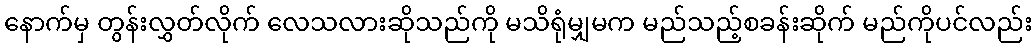
နောက်မှ တွန်းလွှတ်လိုက် လေသလားဆိုသည်ကို မသိရုံမျှမက မည်သည့်စခန်းဆိုက် မည်ကိုပင်လည်း